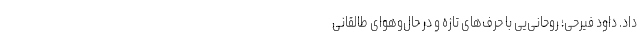
داد. داود فیرحی؛ روحانی‌یی با حرف‌های تازه و در حال‌و‌هوای طالقانی